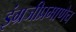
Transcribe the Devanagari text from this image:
इंग्रजीप्रमाणेच